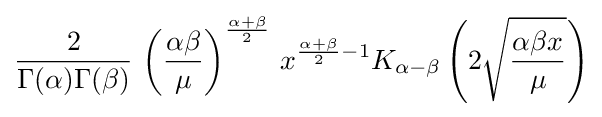
{\frac {2}{\Gamma (\alpha )\Gamma (\beta )}}\,\left({\frac {\alpha \beta }{\mu }}\right)^{\frac {\alpha +\beta }{2}}\,x^{{\frac {\alpha +\beta }{2}}-1}K_{\alpha -\beta }\left(2{\sqrt {\frac {\alpha \beta x}{\mu }}}\right)